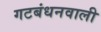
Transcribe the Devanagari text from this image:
गटबंधनवाली